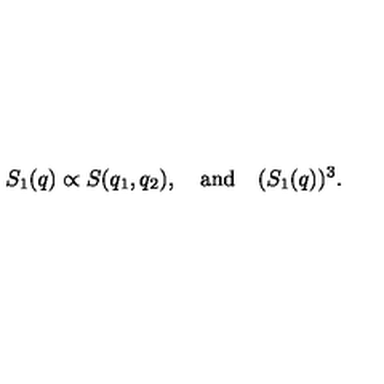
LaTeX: S _ { 1 } ( q ) \propto S ( q _ { 1 } , q _ { 2 } ) , \quad \mathrm { a n d } \quad ( S _ { 1 } ( q ) ) ^ { 3 } .